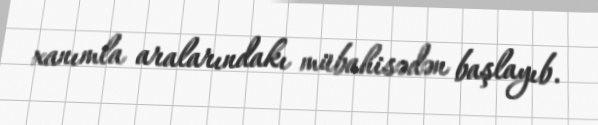
xanımla aralarındakı mübahisədən başlayıb.